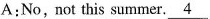
A;No, not this summer. \underline{4}